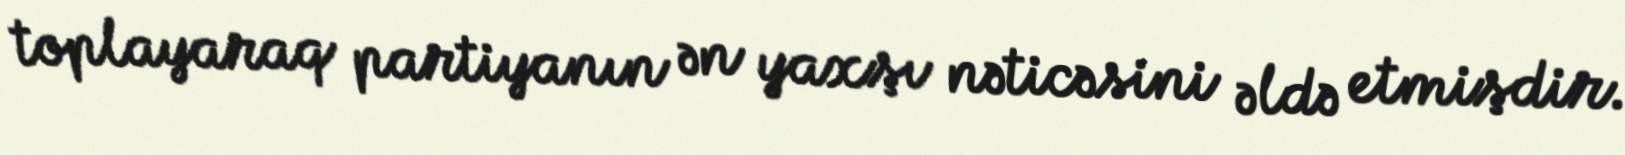
toplayaraq partiyanın ən yaxşı nəticəsini əldə etmişdir.